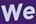
We